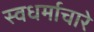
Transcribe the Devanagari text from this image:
स्वधर्माचारे